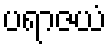
ပရာဇယံ